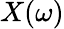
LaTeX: X(\omega)